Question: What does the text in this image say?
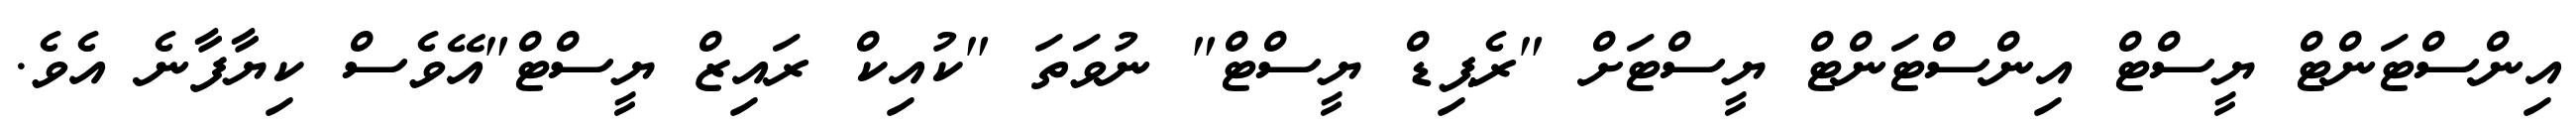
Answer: އިންސްޓަންޓް ޔީސްޓް އިންސްޓަންޓް ޔީސްޓަށް "ރެޕިޑް ޔީސްޓް" ނުވަތަ "ކުއިކް ރައިޒް ޔީސްޓް"އޭވެސް ކިޔާފާނެ އެވެ.